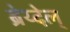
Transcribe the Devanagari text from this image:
ब्रेय्देल्